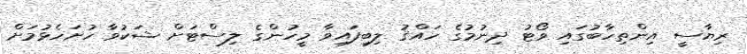
ރިޔާސީ އިންތިހާބުގައި ވޯޓު ދިނުމުގެ ހައްޤު ލިބިފައިވާ މީހުންގެ ލިސްޓަށް ޝަކުވާ ހުށަހެޅުމަށް